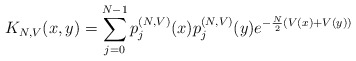
\begin{align*}K_{N,V}(x,y)=\sum_{j=0}^{N-1} p_j^{(N,V)}(x)p_j^{(N,V)}(y) e^{-\frac{N}{2}(V(x)+V(y))}\end{align*}